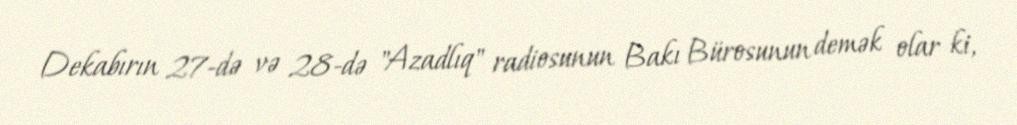
Dekabırın 27-də və 28-də "Azadlıq" radiosunun Bakı Bürosunun demək olar ki,